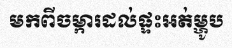
មកពីចម្ការដល់ផ្ទះអត់ម្ហូប